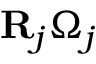
{ \bf R } _ { j } \Omega _ { j }